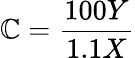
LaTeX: \mathbb{C}={\frac{{100Y}}{{1.1X}}}